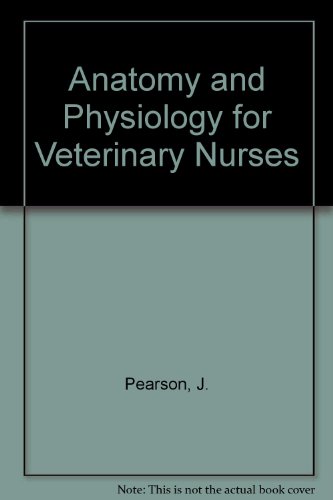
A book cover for Anatomy and Physiology for Veterinary Nurses; J. Pearson; Medical Books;